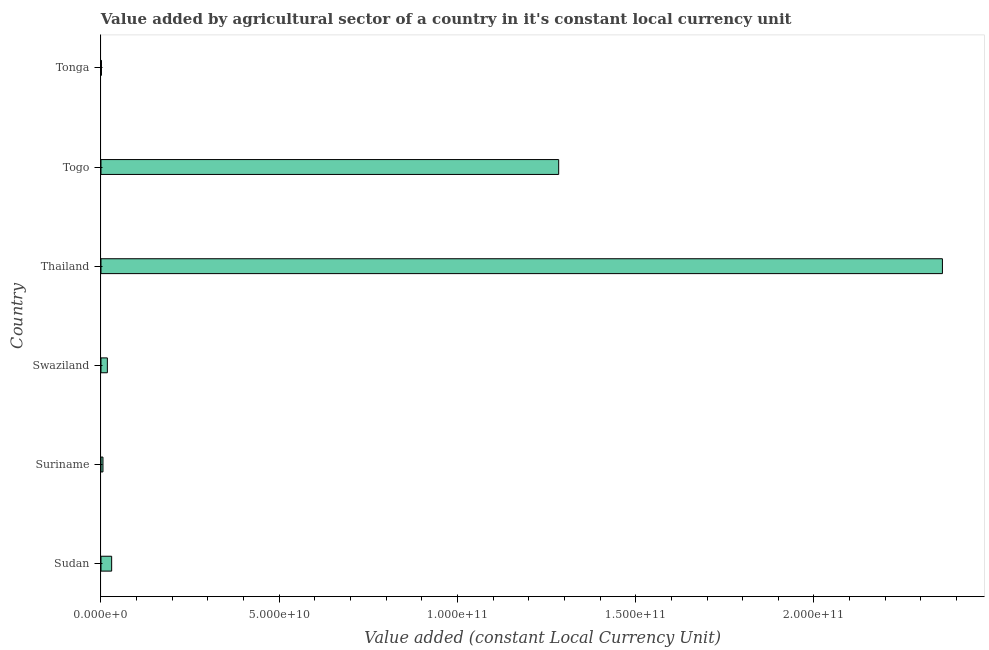
| Country | Agriculture |
 | --- | --- |
 | Sudan | 2.99e+09 |
 | Suriname | 5.55e+08 |
 | Swaziland | 1.79e+09 |
 | Thailand | 2.36e+11 |
 | Togo | 1.28e+11 |
 | Tonga | 1.29e+08 |